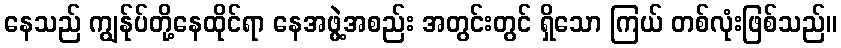
နေသည် ကျွန်ုပ်တို့နေထိုင်ရာ နေအဖွဲ့အစည်း အတွင်းတွင် ရှိသော ကြယ် တစ်လုံးဖြစ်သည်။